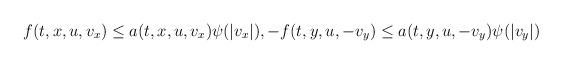
LaTeX: \begin{align*}f(t,x,u,v_x) \le a(t,x,u,v_x)\psi(|v_x|),-f(t,y,u,-v_y) & \le a(t,y,u,-v_y)\psi(|v_y|)\end{align*}